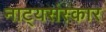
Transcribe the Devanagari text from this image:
नाट्यसंस्कार